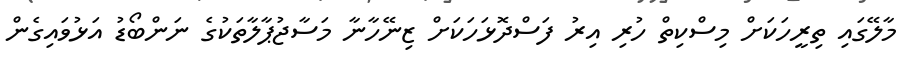
މާލޭގައި ތިރީހަކަށް މިސްކިތް ހުރި އިރު ފަސްދޮޅަހަކަށް ޒިނޭހާނާ މަސާޖުޕާލާތަކުގެ ނަންބޯޑު އަޅުވައިގެން